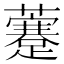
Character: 𧃕